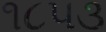
૧૮૫૩